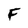
Character: F